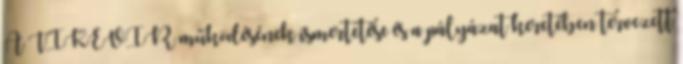
A TIKEVIR működésének ismertetése és a pályázat keretében tervezett